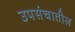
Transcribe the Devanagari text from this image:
उपसंचातील